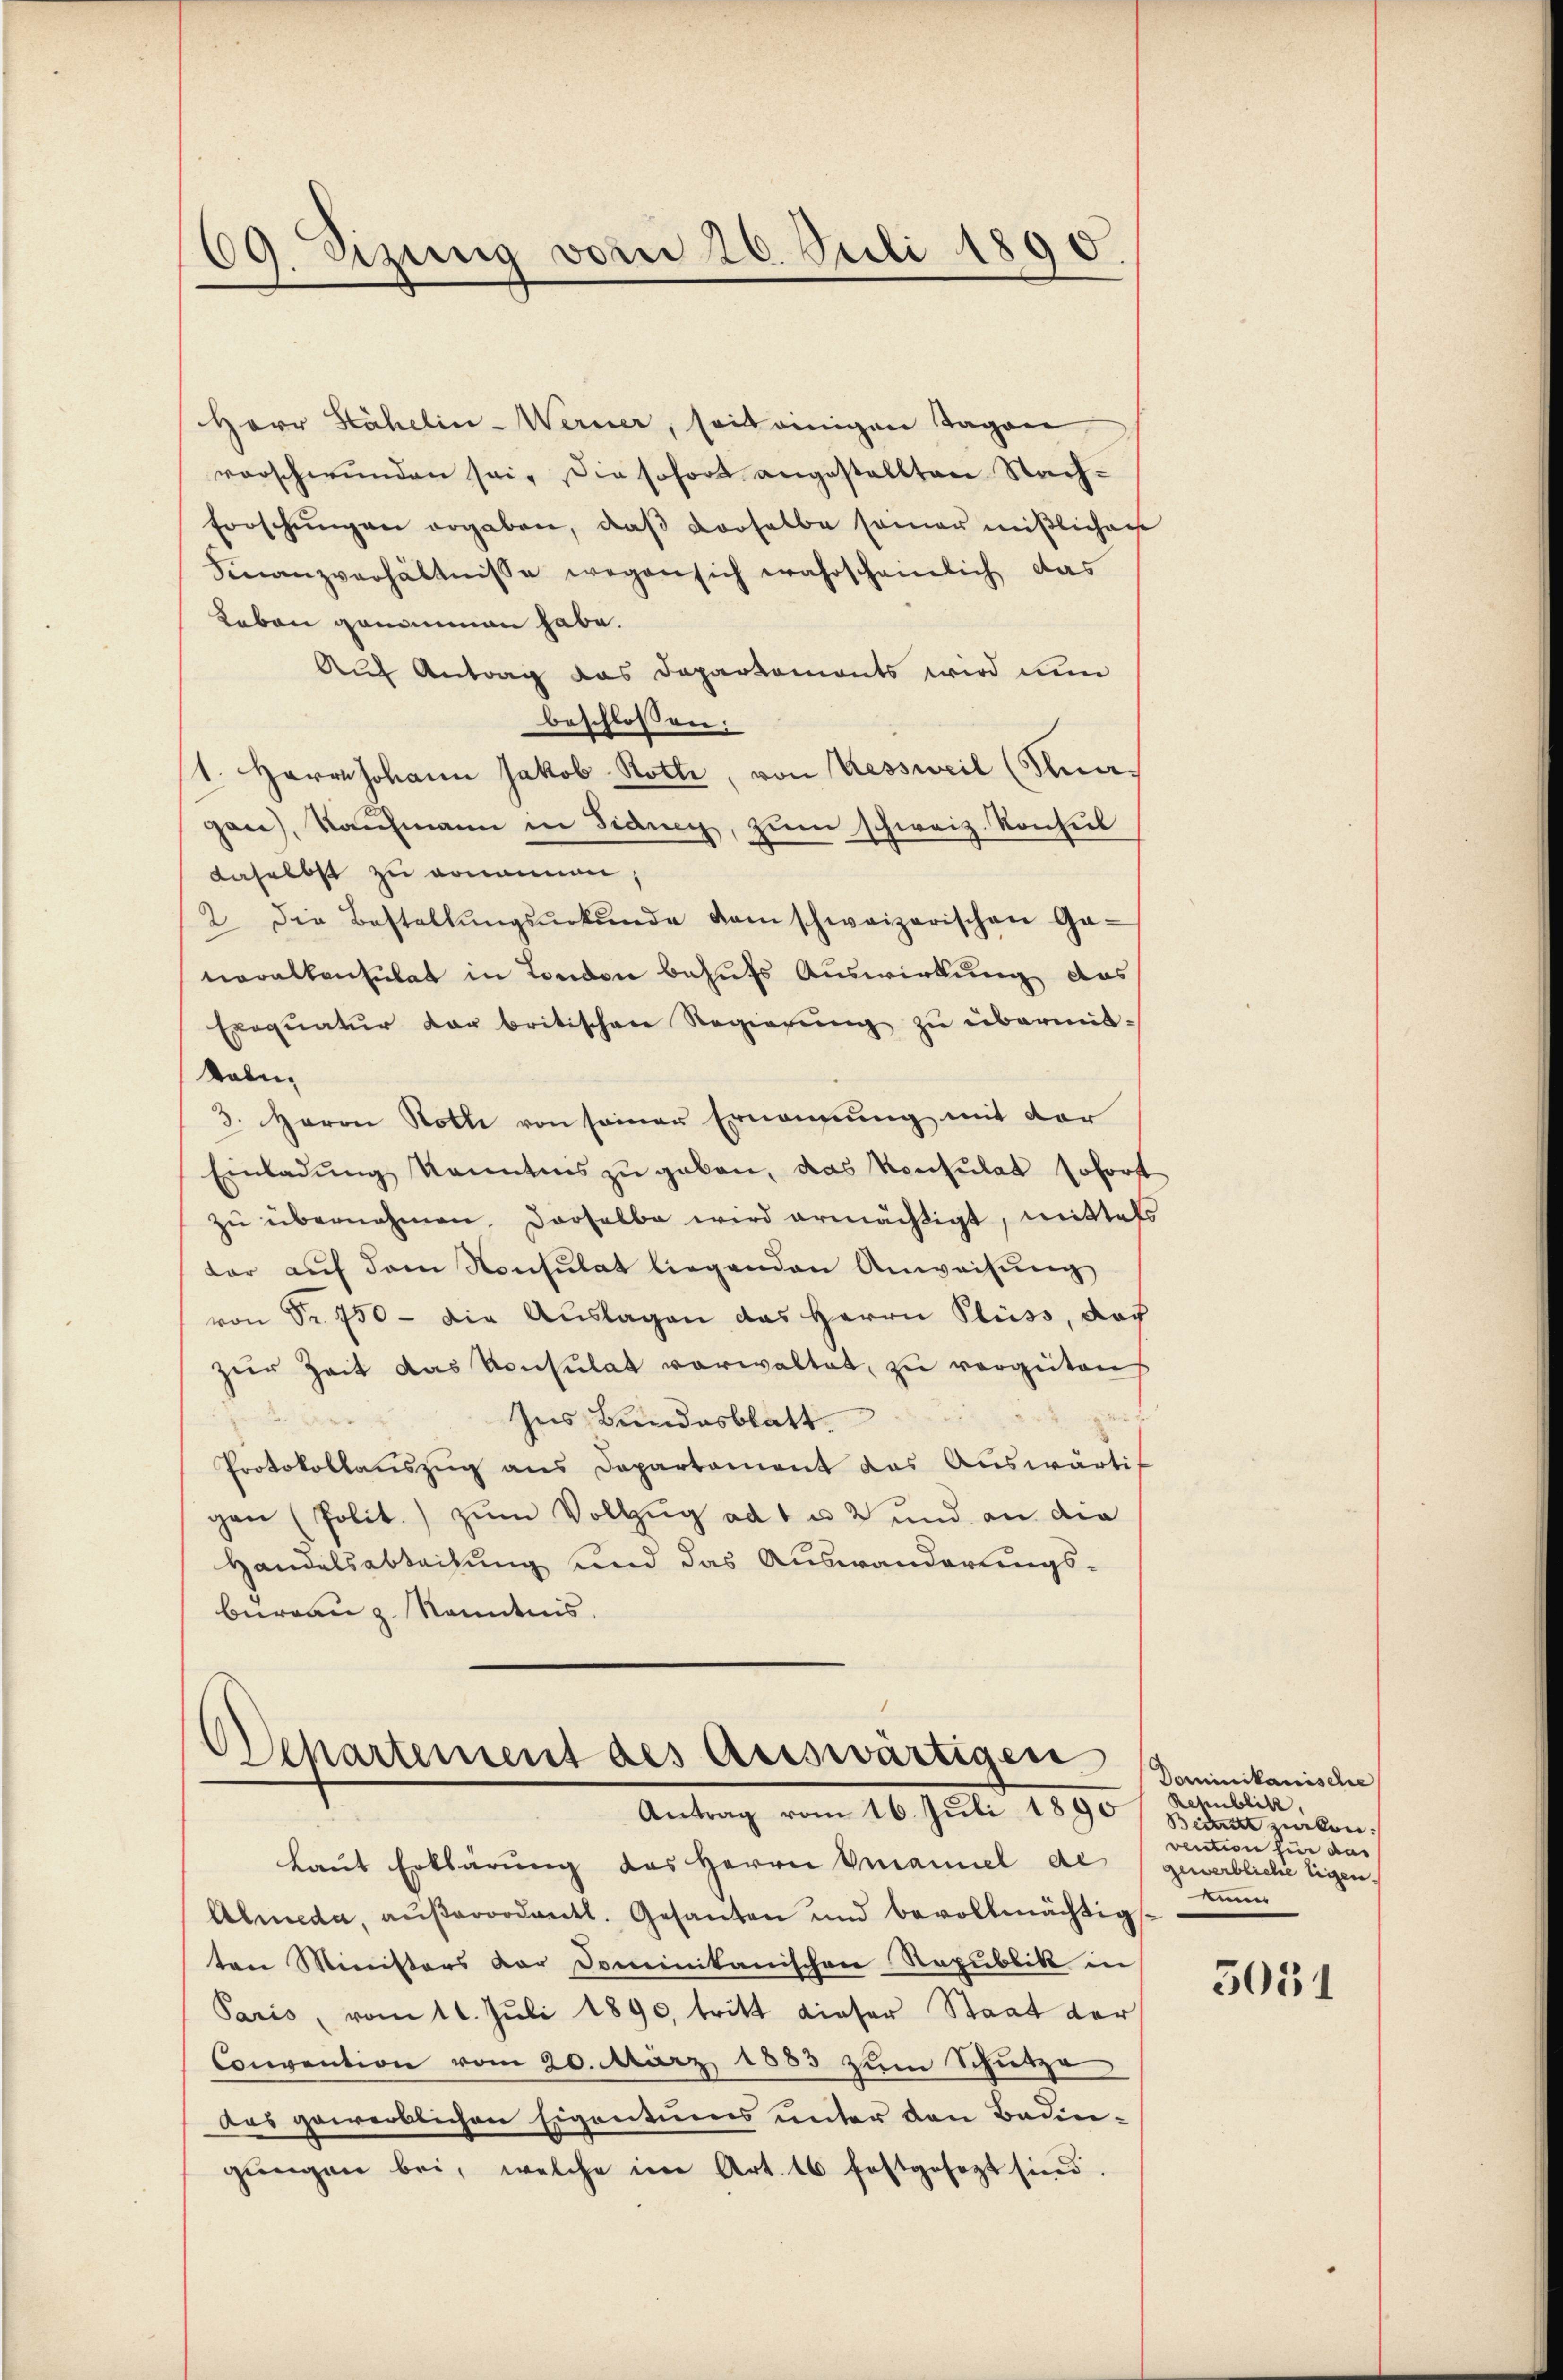
69. Sizung vom 26. Juli 1890.

Herr Stähelin-Werner, soit einigen Tagen
vorschwunden sei. Die sofort angestellten Nach¬
Errschŭngen ergaben, daβ derselbe samer mißlichen
Finanzverhältnisse wegen sich wahrscheinlich das
Leben genommen habe.
Auf Antrag das Departements wird den
beschlossen:
1. Herr Johann Jakob Roth, von Kessweil (Knagen), Kaufmann in Fidney, zum schweiz. Konsul
daselbst zu donannen,
2. Die Bestellŭngsŭrkŭnde dem schweizerischen Ga-
neralkonsulat in London behufs Auswirkung das
Exeqŭatŭr der britischen Regierŭng zŭ übermittabe,
3. Haron Roth von seiner Ernennung mit der
Einladŭng kanntnis zŭ geben, das Konsulat sofort
zŭ übernahmen. Derselbe wird ermächtigt, mittels
kar aŭf dem Konsulat liegenden Anweisŭng
von Fr. 750 - die Auslagen das Herrn Pluss, das
zur Zeit das Konsulat vorwaltet, zu vergüten
d

Ins Bundesblatt.
Protokollauszug aus Departament das Auswärtig
gen (Polit. zŭm Vollzŭg ad 1 u. 2 und an die
Handelsabteilung und das Auswanderungsbureau z. Kenntnis.

Departement des auswärtigen
Antrag vom 16. Juli 1890 / 8 zucken.

Laut Erklärung des Herrn Emanuel de
Almeda, aŭβerordentl. Gesanten und bevollmächtigten Ministers der Dominikanischen Republik in
Paris, vom 11. Juli 1890, tritt dieser Staat der
Convention vom 20. März 1883 zum Schutze
Das gewerblichen Eigentums unter den Badengŭngen bei, welche im Art. 16 festgesezt sind.

Dominikanische
Republik,
vention für das
gewerbliche Eigen
kin

5051